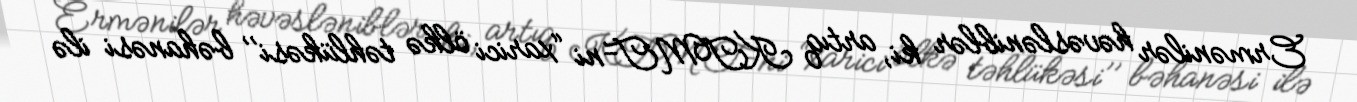
Ermənilər həvəsləniblər ki, artıq KTMT-ni “xarici ölkə təhlükəsi’’ bəhanəsi ilə